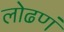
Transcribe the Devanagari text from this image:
लोढणं